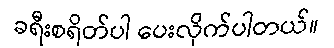
ခရီးစရိတ်ပါ ပေးလိုက်ပါတယ်။